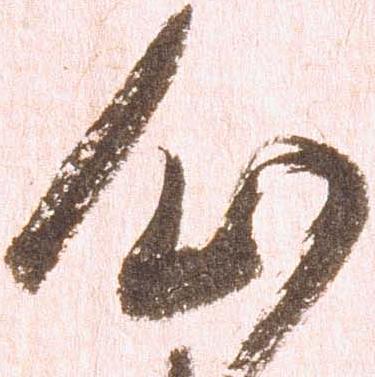
心